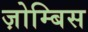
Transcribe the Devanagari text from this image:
ज़ोम्बिस